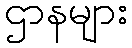
ဌာနများ